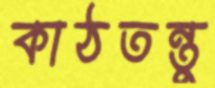
কাঠতন্তু